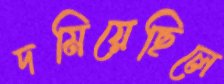
দমিয়েছিলে